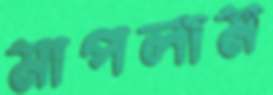
মাপলাম